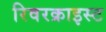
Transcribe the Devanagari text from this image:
रिवरक्राइस्ट